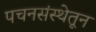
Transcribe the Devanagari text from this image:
पचनसंस्थेतून